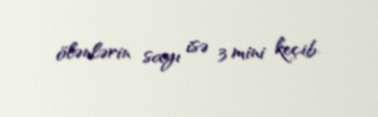
ölənlərin sayı isə 3 mini keçib.